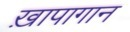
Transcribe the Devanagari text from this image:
ख़ापागान